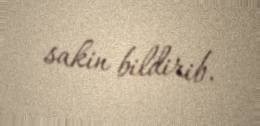
sakin bildirib.